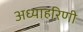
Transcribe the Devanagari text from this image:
अध्याहरिणी